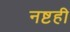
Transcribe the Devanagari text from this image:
नष्टही